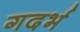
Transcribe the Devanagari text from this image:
गदर्भ